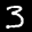
Label: 3